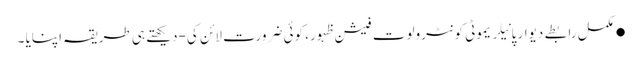
●مکمل رابطے دیوار پانیلریموٹی کونٹرولوت فیشن ظہور، کوئی ضرورت لائن کی-دیکھتے ہی طریقہ اپنایا ۔